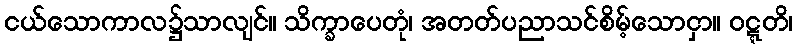
ငယ်သောကာလ၌သာလျင်။ သိက္ခာပေတုံ၊ အတတ်ပညာသင်စိမ့်သောငှာ။ ဝဋ္ဋတိ၊